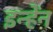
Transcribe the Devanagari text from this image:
इन्हेंन